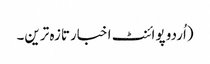
(اُردو پوائنٹ اخبارتازہ ترین۔